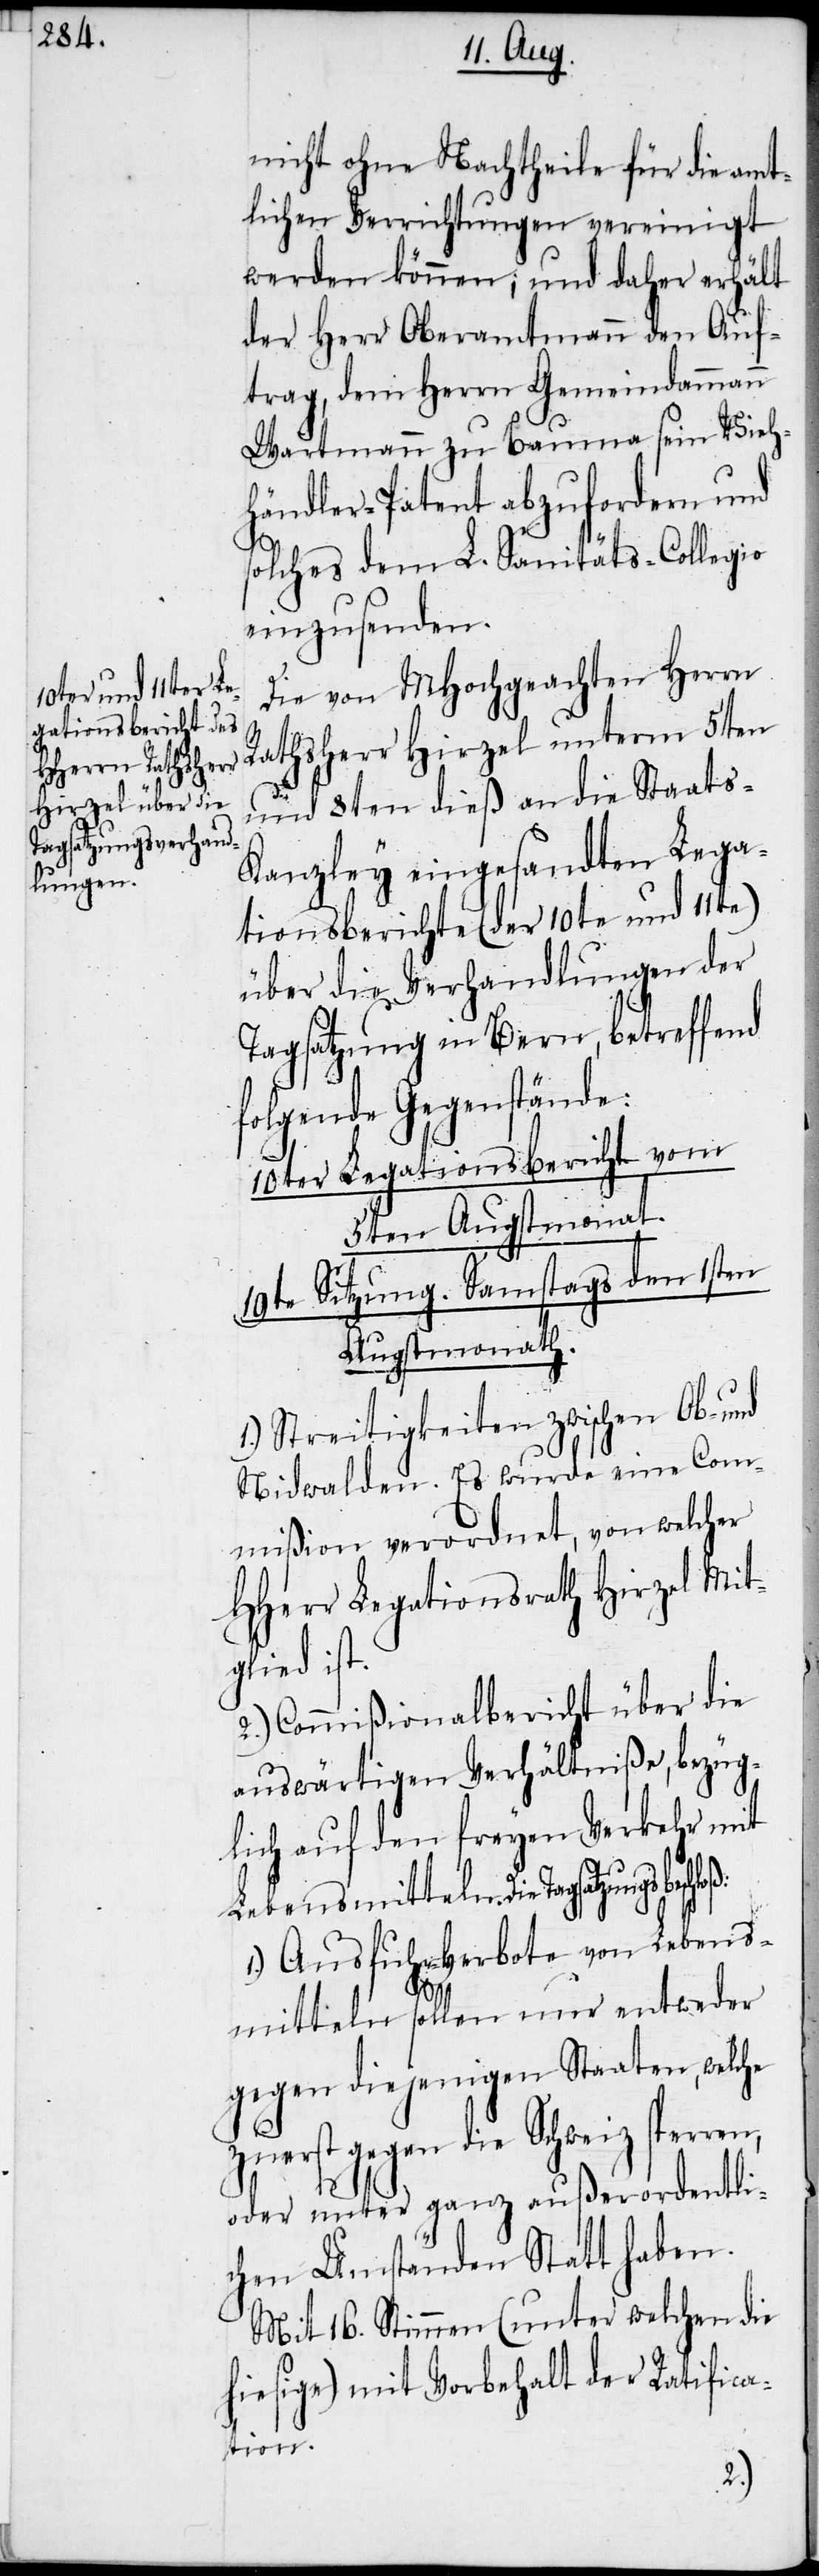
nicht ohne Nachtheile für die amt¬
lichen Verrichtungen vereinigt
werden können; und daher erhält
der Herr Oberamtmann den Auf¬
trag, dem Herrn Gemeindammann
Wartmann zu Bauma sein Vieh¬
händler-Patent abzufordern und
solches dem L. Sanitäts-Collegio
einzusenden.
Die von MHochgeachten Herrn
Rathsherr Hirzel unterm 5ten
und 8ten dieß an die Staats-K¬
anzley eingesandten Lega¬
tionsberichte (der 10te und 11te)
über die Verhandlungen der
Tagsatzung in Bern, betreffend
folgende Gegenstände:
10ter Legationsbericht vom
5ten Augstmonat.
19te Sitzung. Samstags den 1sten
Augstmonath.
Streitigkeiten zwischen Ob- und
Nidwalden. Es wurde eine Com¬
mißion verordnet, von welcher
HHerr Legationsrath Hirzel Mit¬
glied ist.
2.) Commißionalbericht über die
auswärtigen Verhältniße, bezüg¬
lich auf den freyen Verkehr mit
Lebensmitteln. Die Tagsatzung
1.) Ausfuhr-Verbote von Lebens¬
mitteln sollen nur entweder
gegen diejenigen Staaten, welche
zuerst gegen die Schweiz sperre¬
oder unter ganz außerordentli¬
chen Umständen Statt haben.
Mit 16. Stimmen (unter welchen die
hiesige) mit Vorbehalt der Ratifica¬
tion.
n,